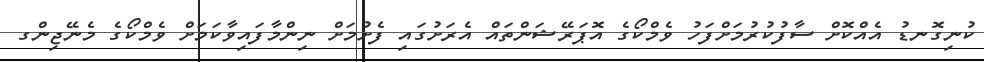
ކުނިގޮނޑު އެއްކޮށް ސާފުކުރުމަށްފަހު ވެމްކޯގެ އޮޕަރޭޝަންތައް އެރަށުގައި ފެށުމަށް ނިންމާފައިވާކަމަށް ވެމްކޯގެ މެނޭޖިންގ